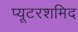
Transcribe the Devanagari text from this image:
प्यूटरशमिद